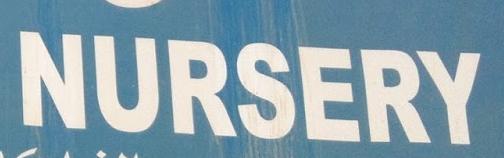
nursery